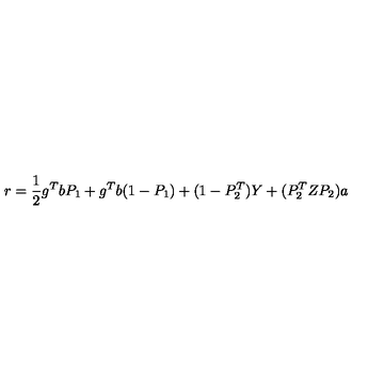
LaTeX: r = { \frac { 1 } { 2 } } g \sp { T } b P _ { 1 } + g \sp { T } b ( 1 - P _ { 1 } ) + ( 1 - P _ { 2 } \sp { T } ) Y + ( P _ { 2 } \sp { T } Z P _ { 2 } ) a